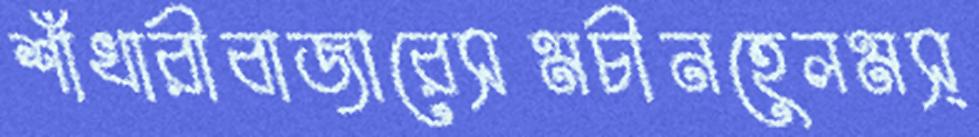
শাঁখারীবাজারেসমচীনহেলমস্